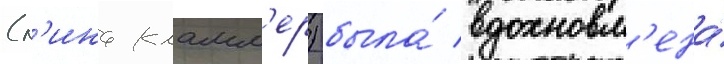
(л'ина кламм'ер) была́ вдохновл'ена́